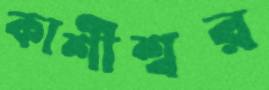
কাশীশ্বর